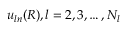
u _ { l n } ( R ) , l = 2 , 3 , \ldots , N _ { l }